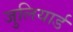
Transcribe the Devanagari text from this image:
जुलियार्ड